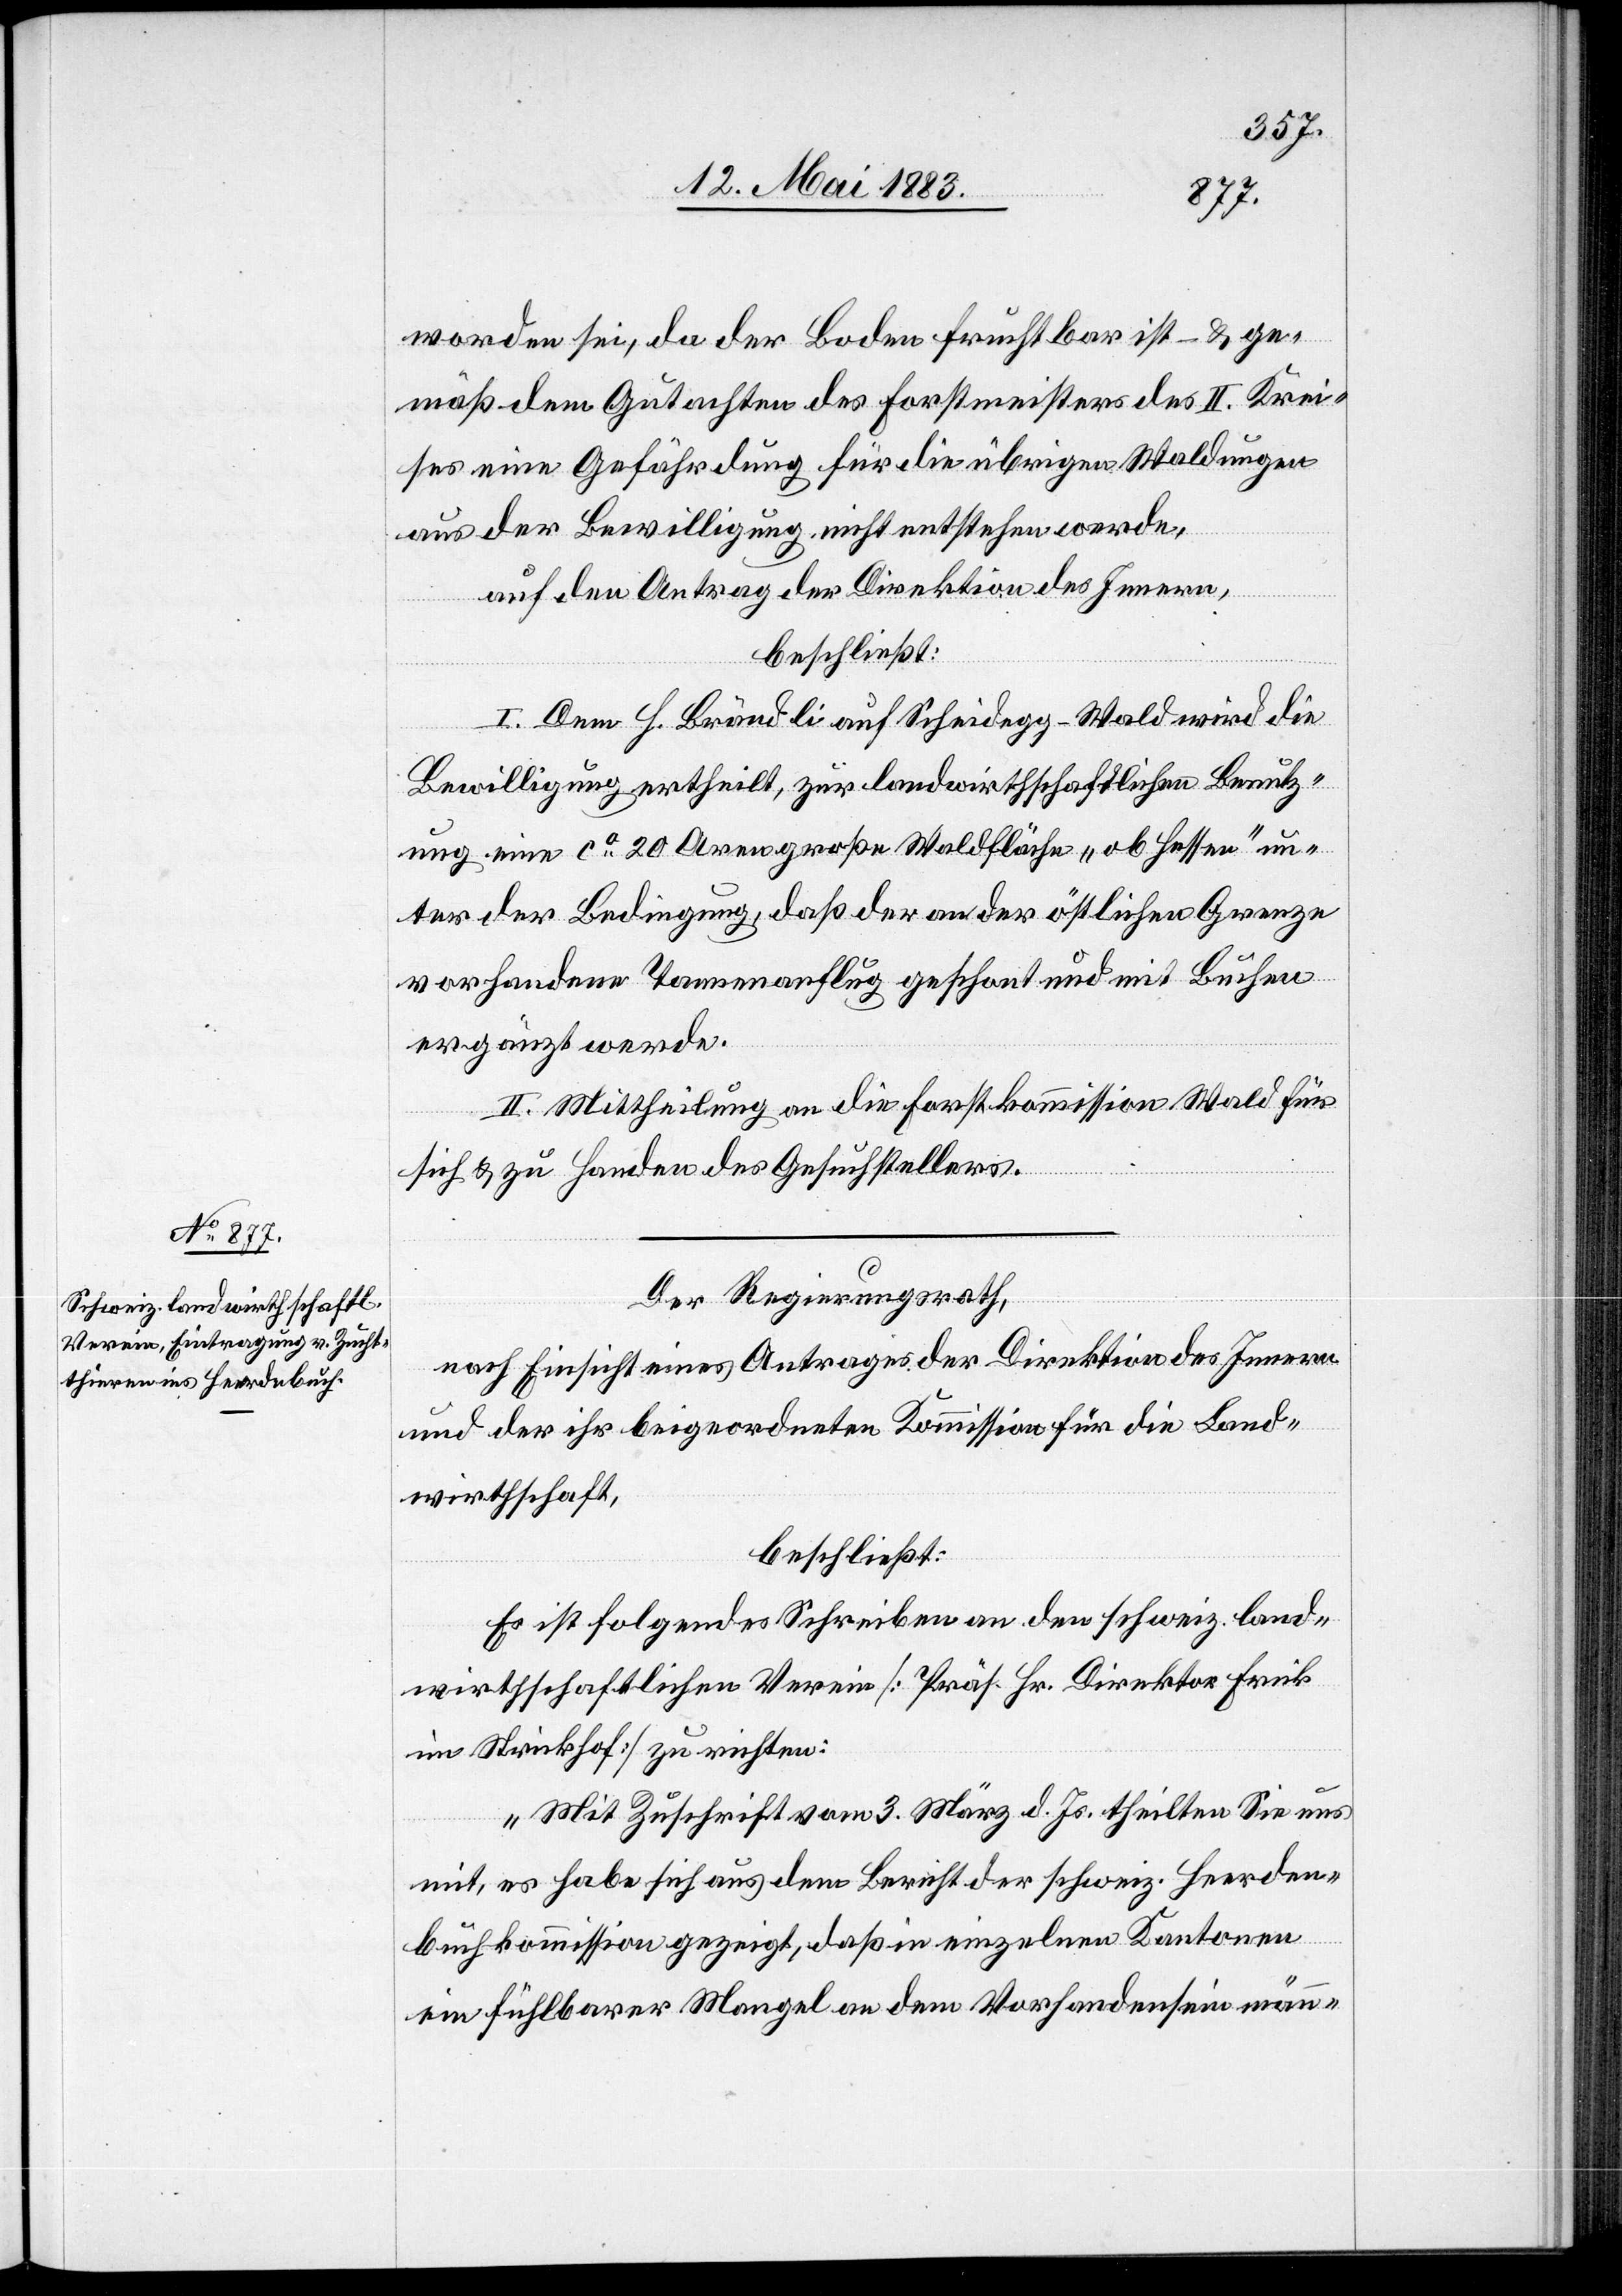
worden sei, da der Boden fruchtbar ist – & ge¬
mäß dem Gutachten des Forstmeisters des II. Krei¬
ses eine Gefährdung für die übrigen Waldungen
aus der Bewilligung, nicht entstehen werde,
auf den Antrag der Direktion des Innern,
beschließt:
I. Dem H. Brändli auf Scheidegg - Wald wird die
Bewilligung ertheilt, zur landwirthschaftlichen Benutz¬
ung eine ca 20 Aren große Waldfläche, „ob Hessen“ un¬
ter der Bedingung, daß der an der östlichen Grenze
vorhandene Tannenanflug geschont und mit Buchen
ergänzt werde.
II. Mittheilung an die Forstkommission Wald für
sich & zu Handen des Gesuchstellers.
Der Regierungsrath,
nach Einsicht eines Antrages der Direktion des Innern
und der ihr beigeordneten Kommission für die Land¬
wirthschaft,
beschließt:
Es ist folgendes Schreiben an den schweiz. land¬
wirthschaftlichen Verein [Präs. Hr. Direktor Frick
im Strickhof] zu richten:
„Mit Zuschrift vom 3. März d. Js. theilten Sie uns
mit, es habe sich aus dem Bericht der schweiz. Herden¬
buchkommission gezeigt, daß in einzelnen Kantonen
ein fühlbarer Mangel an dem Vorhandensein männ-